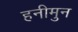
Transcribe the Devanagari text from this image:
हनीमुन